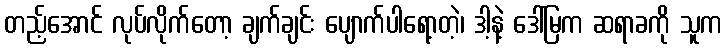
တည့်အောင် လုပ်လိုက်တော့ ချက်ချင်း ပျောက်ပါရော့တဲ့၊ ဒါ့နဲ့ ဒေါ်မြက ဆရာခကို သူက